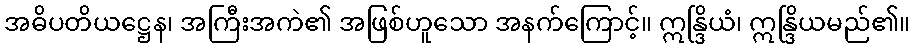
အဓိပတိယဋ္ဌေန၊ အကြီးအကဲ၏ အဖြစ်ဟူသော အနက်ကြောင့်။ ဣန္ဒြိယံ၊ ဣန္ဒြိယမည်၏။